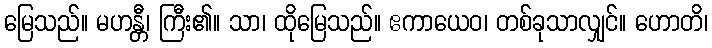
မြေသည်။ မဟန္တီ၊ ကြီး၏။ သာ၊ ထိုမြေသည်။ ဧကာယေဝ၊ တစ်ခုသာလျှင်။ ဟောတိ၊